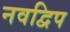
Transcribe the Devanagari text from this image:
नवद्विप